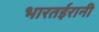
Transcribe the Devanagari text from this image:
भारतईरानी